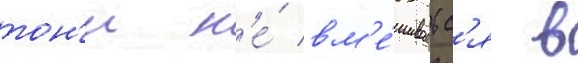
тон'и н'е́ вм'е́шиваетс'я в